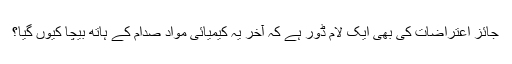
جائز اعتراضات کی بھی ایک لام ڈور ہے کہ آخر یہ کیمیائی مواد صدام کے ہاتھ بیچا کیوں گیا؟